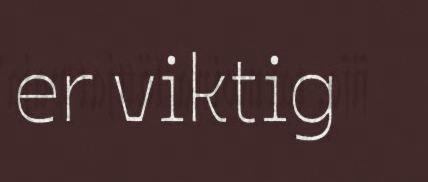
er viktig